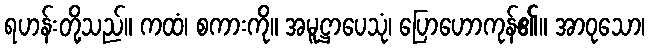
ရဟန်းတို့သည်။ ကထံ၊ စကားကို။ အမူဋ္ဌာပေသုံ၊ ပြောဟောကုန်၏။ အာဝုသော၊